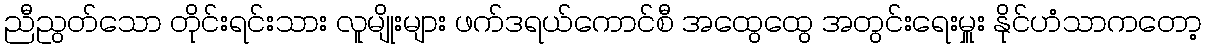
ညီညွတ်သော တိုင်းရင်းသား လူမျိုးများ ဖက်ဒရယ်ကောင်စီ အထွေထွေ အတွင်းရေးမှူး နိုင်ဟံသာကတော့